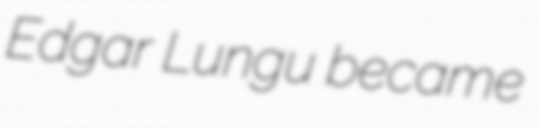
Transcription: Edgar Lungu became